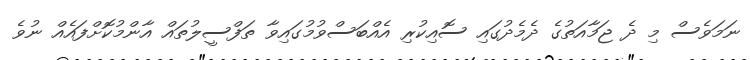
ނަމަވެސް މި ދެ ޖަމާއަތުގެ ދެމެދުގައި ސޮއިކުރި އެއްބަސްވުމުގައިވާ ތަފްސީލުތައް އާންމުކޮށްފައެއް ނުވެ